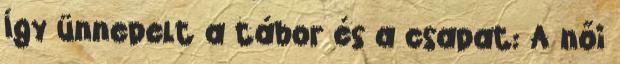
Így ünnepelt a tábor és a csapat: A női